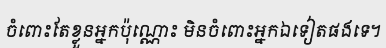
ចំពោះតែខ្លួនអ្នកប៉ុណ្ណោះ មិនចំពោះអ្នកឯទៀតផងទេ។